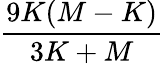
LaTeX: \frac{9K(M-K)}{3K+M}